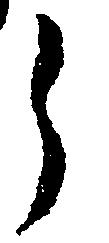
う